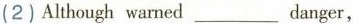
(2)Although warned___ danger,